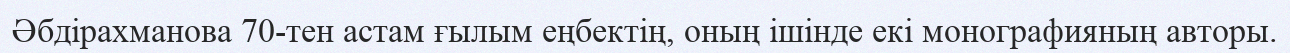
Әбдірахманова 70-тен астам ғылым еңбектің, оның ішінде екі монографияның авторы.